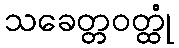
သခေတ္တဝတ္ထုံ